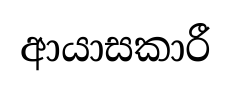
ආයාසකාරී